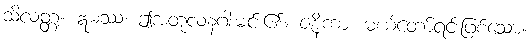
သိလတ္တံ့။ ဣမဿ၊ ဤအတုလနဂါးမင်း၏။ ဇနိကာ၊ မယ်တော်ရင်းဖြစ်သော။